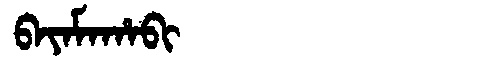
Manchu: ᠪᠠᠶᠠᠮᠠᡥᠠᠪᡳ
Romanization: BAYAMAHABI